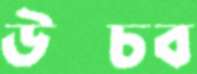
উপ্‌চব